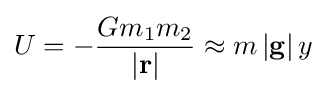
U=-{\frac {Gm_{1}m_{2}}{\left|\mathbf {r} \right|}}\approx m\left|\mathbf {g} \right|y\,\!